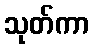
သုတ်ကာ